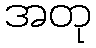
အတု